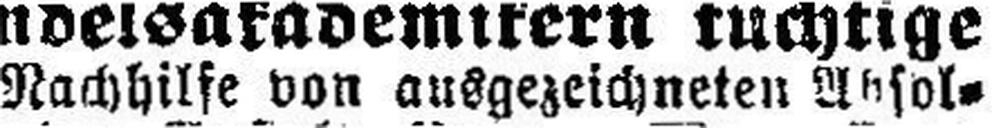
Nachhilfe von ausgezeichneten Absol¬